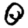
Digit: 0